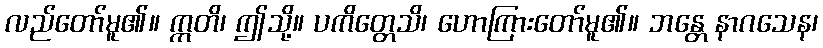
လည်တော်မူ၏။ ဣတိ၊ ဤသို့။ ပကိတ္တေသိ၊ ဟောကြားတော်မူ၏။ ဘန္တေ နာဂသေန၊